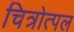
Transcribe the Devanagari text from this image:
चित्रोत्पल